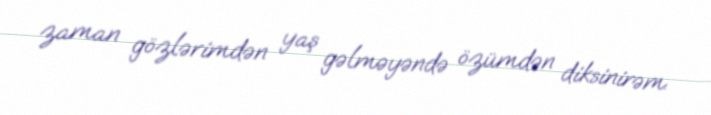
zaman gözlərimdən yaş gəlməyəndə özümdən diksinirəm.